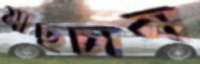
মাছচাষ